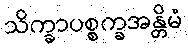
သိက္ခာပစ္စက္ခအန္တိမံ